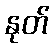
နုတ်